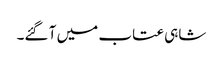
شاہی عتاب میں آ گئے۔